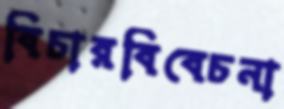
বিচারবিবেচনা